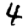
Digit: 4